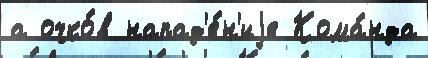
а очко́в напад'е́н'иjе Кома́нда